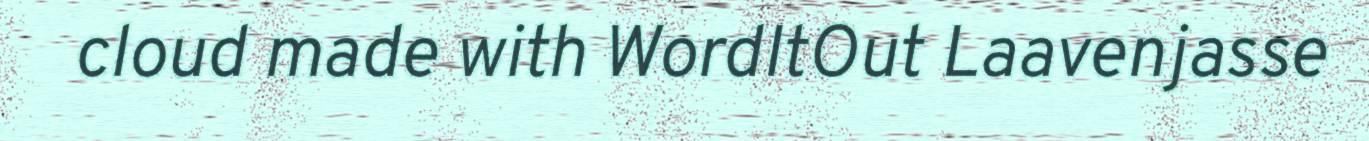
cloud made with WordItOut Laavenjasse